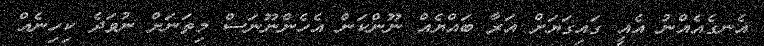
އެނގެއެއްނު އެއީ ގައިގަޔަށް އަރާ ބައްޔެއް ނޫންކަން އެހެންނޫނަސް މިތަނަށް ނުވަދެ ކިހިނެއް